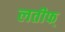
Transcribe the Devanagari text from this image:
लतीफ्